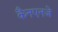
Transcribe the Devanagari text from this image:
कैनएनजे